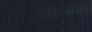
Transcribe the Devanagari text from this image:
विवस्त्रा